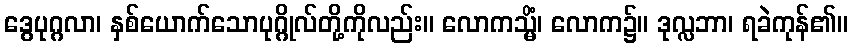
ဒွေပုဂ္ဂလာ၊ နှစ်ယောက်သောပုဂ္ဂိုလ်တို့ကိုလည်း။ လောကသ္မိံ၊ လောက၌။ ဒုလ္လဘာ၊ ရခဲကုန်၏။